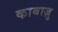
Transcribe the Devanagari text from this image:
काबाज़ु